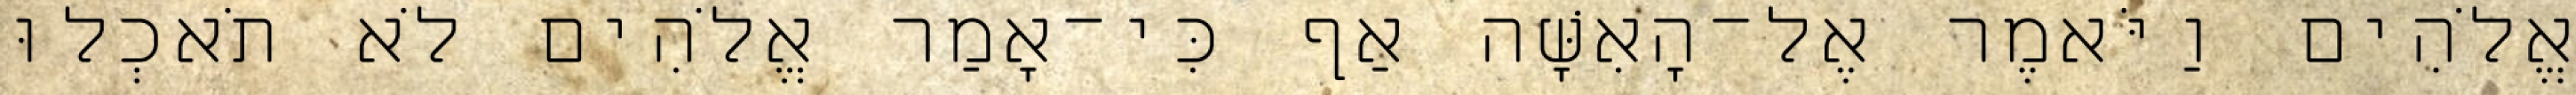
אֱלֹהִים וַיֹּאמֶר אֶל־הָאִשָּׁה אַף כִּי־אָמַר אֱלֹהִים לֹא תֹאכְלוּ